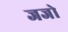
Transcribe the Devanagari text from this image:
जजो